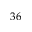
3 6